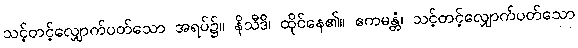
သင့်တင့်လျှောက်ပတ်သော အရပ်၌။ နိသီဒိ၊ ထိုင်နေ၏။ ဧကမန္တံ၊ သင့်တင့်လျှောက်ပတ်သော